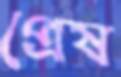
প্রেষ